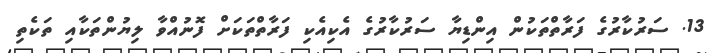
13. ސަރުކާރުގެ ފަރާތްތަކުން އިންޑިޔާ ސަރުކާރުގެ އެކިއެކި ފަރާތްތަކަށް ފޮނުއްވާ ލިޔުންތަކާއި ތަކެތި